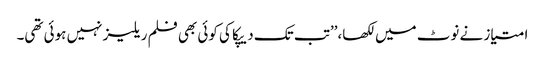
امتیاز نے نوٹ میں لکھا،’’تب تک دیپکا کی کوئی بھی فلم ریلیز نہیں ہوئی تھی۔